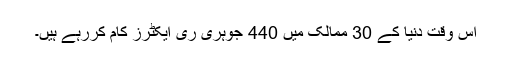
اس وقت دنیا کے 30 ممالک میں 440 جوہری ری ایکٹرز کام کررہے ہیں۔